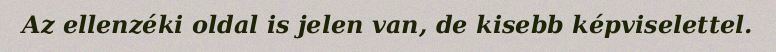
Az ellenzéki oldal is jelen van, de kisebb képviselettel.